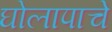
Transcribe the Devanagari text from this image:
घोलापाचे